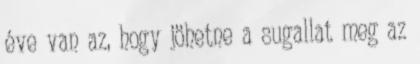
éve van az, hogy jöhetne a sugallat meg az